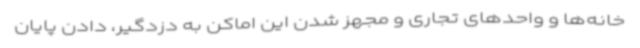
خانه‌ها و واحدهای تجاری و مجهز شدن این اماکن به دزدگیر، دادن پایان